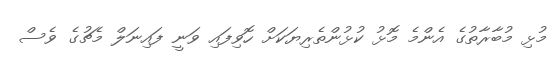
މުޅި މުބާރާތުގެ އެންމެ މޮޅު ކުޅުންތެރިޔަކަށް ހޮވިފައި ވަނީ ފައިނަލް މެޗުގެ ވެސް